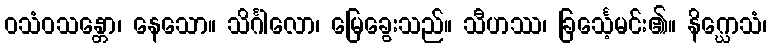
ဝသံဝသန္တော၊ နေသော။ သိင်္ဂါလော၊ မြေခွေးသည်။ သီဟဿ၊ ခြင်္သေ့မင်း၏။ နိဂ္ဃောသံ၊